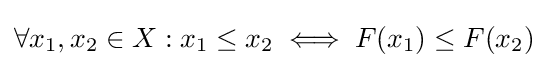
\forall x_{1},x_{2}\in X:x_{1}\leq x_{2}\iff F(x_{1})\leq F(x_{2})